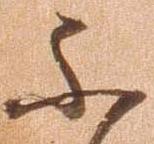
不